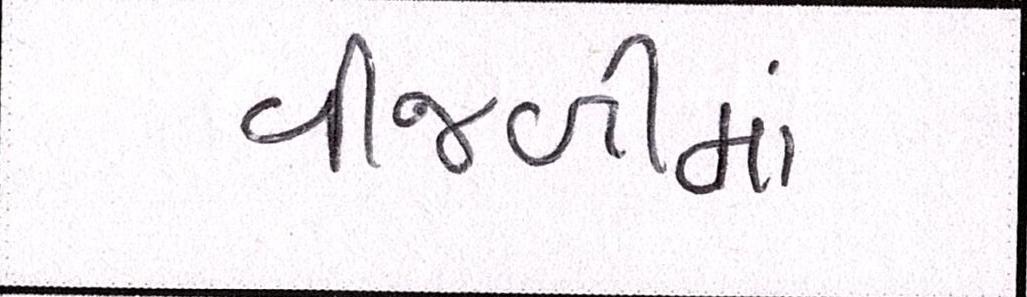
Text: વીજળીમાં